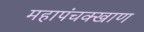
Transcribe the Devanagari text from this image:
महापंचक्खाण